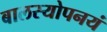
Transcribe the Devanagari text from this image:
बालस्योपनयं